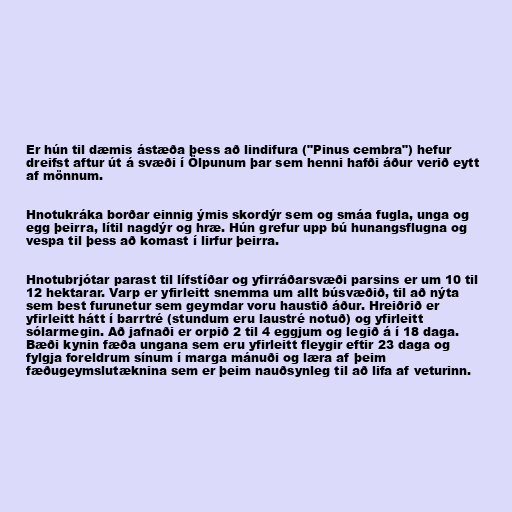
Er hún til dæmis ástæða þess að lindifura ("Pinus cembra") hefur
dreifst aftur út á svæði í Ölpunum þar sem henni hafði áður verið eytt
af mönnum.

Hnotukráka borðar einnig ýmis skordýr sem og smáa fugla, unga og
egg þeirra, lítil nagdýr og hræ. Hún grefur upp bú hunangsflugna og
vespa til þess að komast í lirfur þeirra.

Hnotubrjótar parast til lífstíðar og yfirráðarsvæði parsins er um 10 til
12 hektarar. Varp er yfirleitt snemma um allt búsvæðið, til að nýta
sem best furunetur sem geymdar voru haustið áður. Hreiðrið er
yfirleitt hátt í barrtré (stundum eru laustré notuð) og yfirleitt
sólarmegin. Að jafnaði er orpið 2 til 4 eggjum og legið á í 18 daga.
Bæði kynin fæða ungana sem eru yfirleitt fleygir eftir 23 daga og
fylgja foreldrum sínum í marga mánuði og læra af þeim
fæðugeymslutæknina sem er þeim nauðsynleg til að lifa af veturinn.